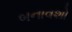
બનાવશો